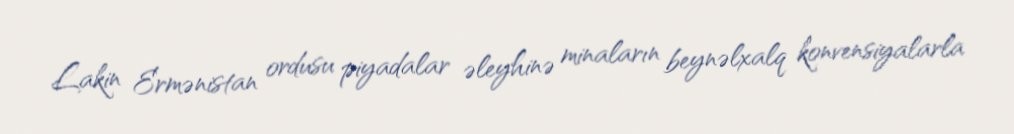
Lakin Ermənistan ordusu piyadalar əleyhinə minaların beynəlxalq konvensiyalarla